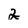
Character: 2